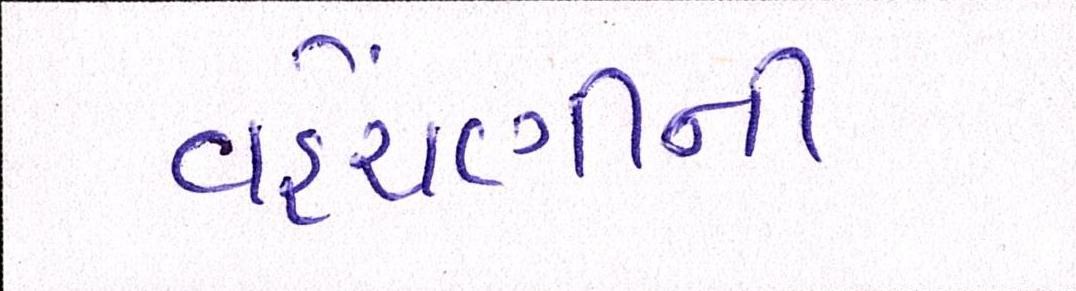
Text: વહેંચણીની